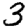
Digit: 3